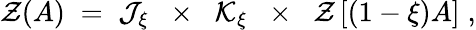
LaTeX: {\mathcal Z}(A)\; =\; {\mathcal J}_{\xi}\; \; \times\; \; {\mathcal K}_{\xi}\; \; \times\; \; {\mathcal Z}\left[(1-\xi)A\right]\; ,